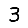
Digit: 3